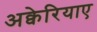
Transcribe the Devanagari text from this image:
अक्वेरियाए